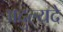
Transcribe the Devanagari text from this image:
अदुल्यदे